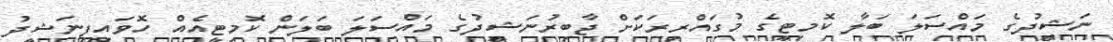
ނަޝީދުގެ މައްސަލަ ބަލާ ކޮމިޓީގެ މުގައްރިރަކަށް ޖާބިރުނަޝީދުގެ މައްސަލަ ބަލަން ކޮމިޓީއެއް ހޮވައިފިނަޝީދު